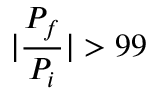
| \frac { P _ { f } } { P _ { i } } | > 9 9 \